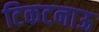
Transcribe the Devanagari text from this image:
टिकटनाऊ